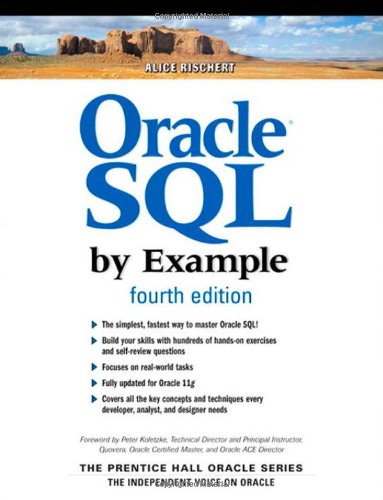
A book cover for Oracle SQL By Example (4th Edition); Alice Rischert; Computers & Technology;